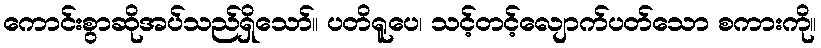
ကောင်းစွာဆိုအပ်သည်ရှိသော်။ ပတိရူပေ၊ သင့်တင့်လျောက်ပတ်သော စကားကို။